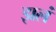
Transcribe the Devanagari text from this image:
झलं